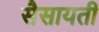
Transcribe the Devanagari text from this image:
सैसायती